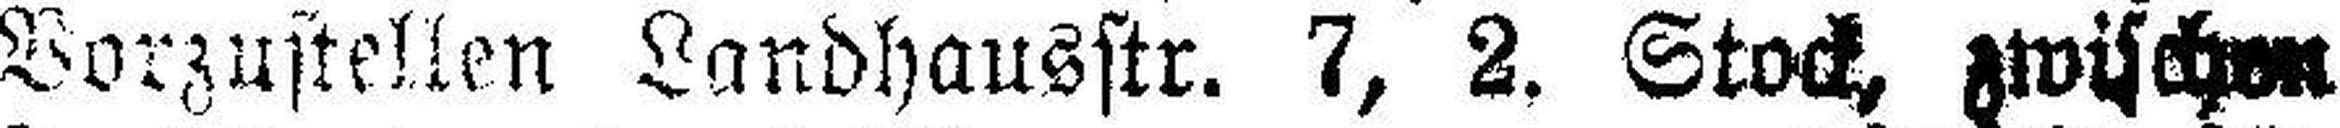
Vorzustellen Landhausstr. 7, 2. Stock, zwischen